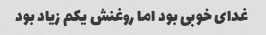
غدای خوبی بود اما روغنش یکم زیاد بود